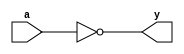
module top(input a, output y);
assign y = !a;
endmodule